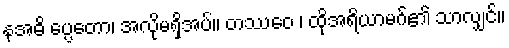
နအဓိ ပ္ပေတော၊ အလိုမရှိအပ်။ တဿေဝ ၊ ထိုအရိယာမဂ်၏ သာလျှင်။